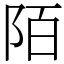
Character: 陌